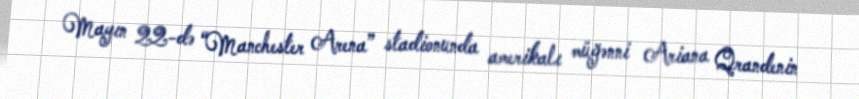
Mayın 22-də “Manchester Arena” stadionunda amerikalı müğənni Ariana Qrandenin